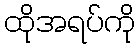
ထိုအရပ်ကို